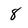
Character: 8